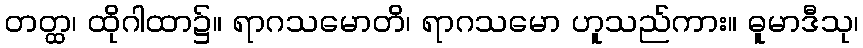
တတ္ထ၊ ထိုဂါထာ၌။ ရာဂသမောတိ၊ ရာဂသမော ဟူသည်ကား။ ဓူမာဒီသု၊